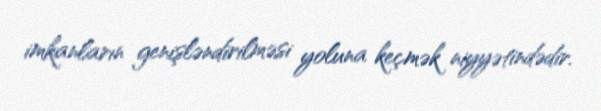
imkanların genişləndirilməsi yoluna keçmək niyyətindədir.